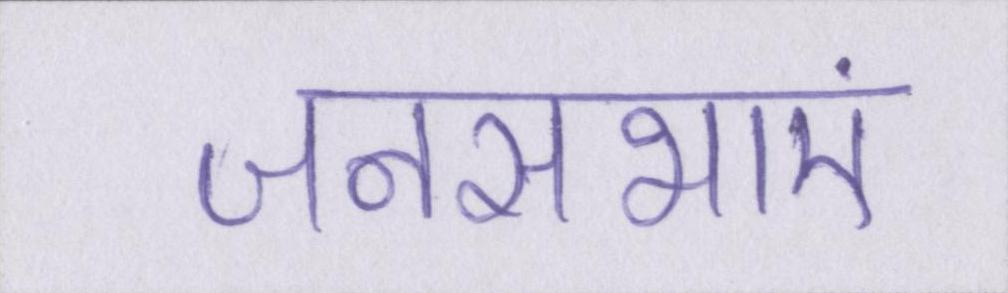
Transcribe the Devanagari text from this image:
जनसभाएं